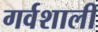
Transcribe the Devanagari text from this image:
गर्वशाली